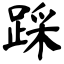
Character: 踩